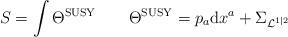
LaTeX: \begin{align*}S=\int\Theta^{\rm SUSY} \qquad \Theta^{\rm SUSY}=p_a{\rm d}x^a+\Sigma_{{\cal L}^{1|2}}\end{align*}